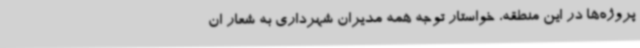
پروژه‌ها در این منطقه، خواستار توجه همه مدیران شهرداری به شعار ان